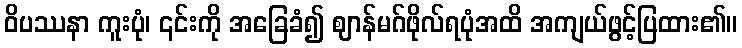
ဝိပဿနာ ကူးပုံ၊ ၎င်းကို အခြေခံ၍ ဈာန်မဂ်ဖိုလ်ရပုံအထိ အကျယ်ဖွင့်ပြထား၏။